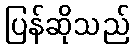
ပြန်ဆိုသည်